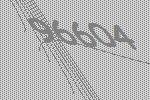
96604